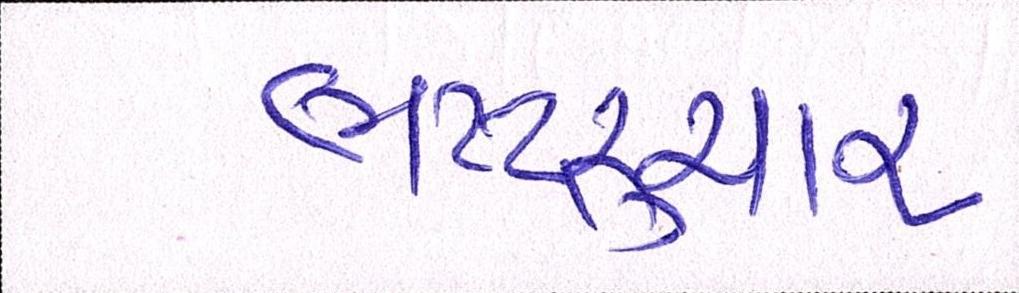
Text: ભષ્ટ્ર્ચાર